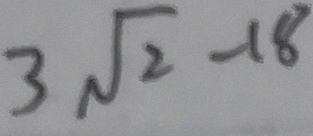
3 \sqrt { 2 } - 1 8